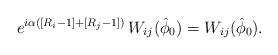
LaTeX: \begin{align*}e^{i \alpha \left( \left[R_i-1\right] + \left[ R_j - 1 \right] \right)}\, W_{ij} (\hat \phi_0 ) =W_{ij} (\hat \phi_0).\end{align*}